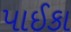
પાઈકા